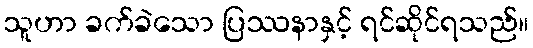
သူဟာ ခက်ခဲသော ပြဿနာနှင့် ရင်ဆိုင်ရသည်။